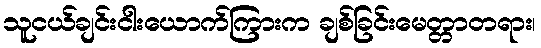
သူငယ်ချင်းငါးယောက်ကြားက ချစ်ခြင်းမေတ္တာတရား၊